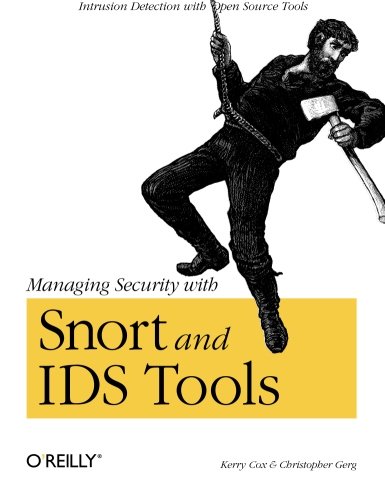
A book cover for Managing Security with Snort and IDS Tools; Christopher Gerg; Computers & Technology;